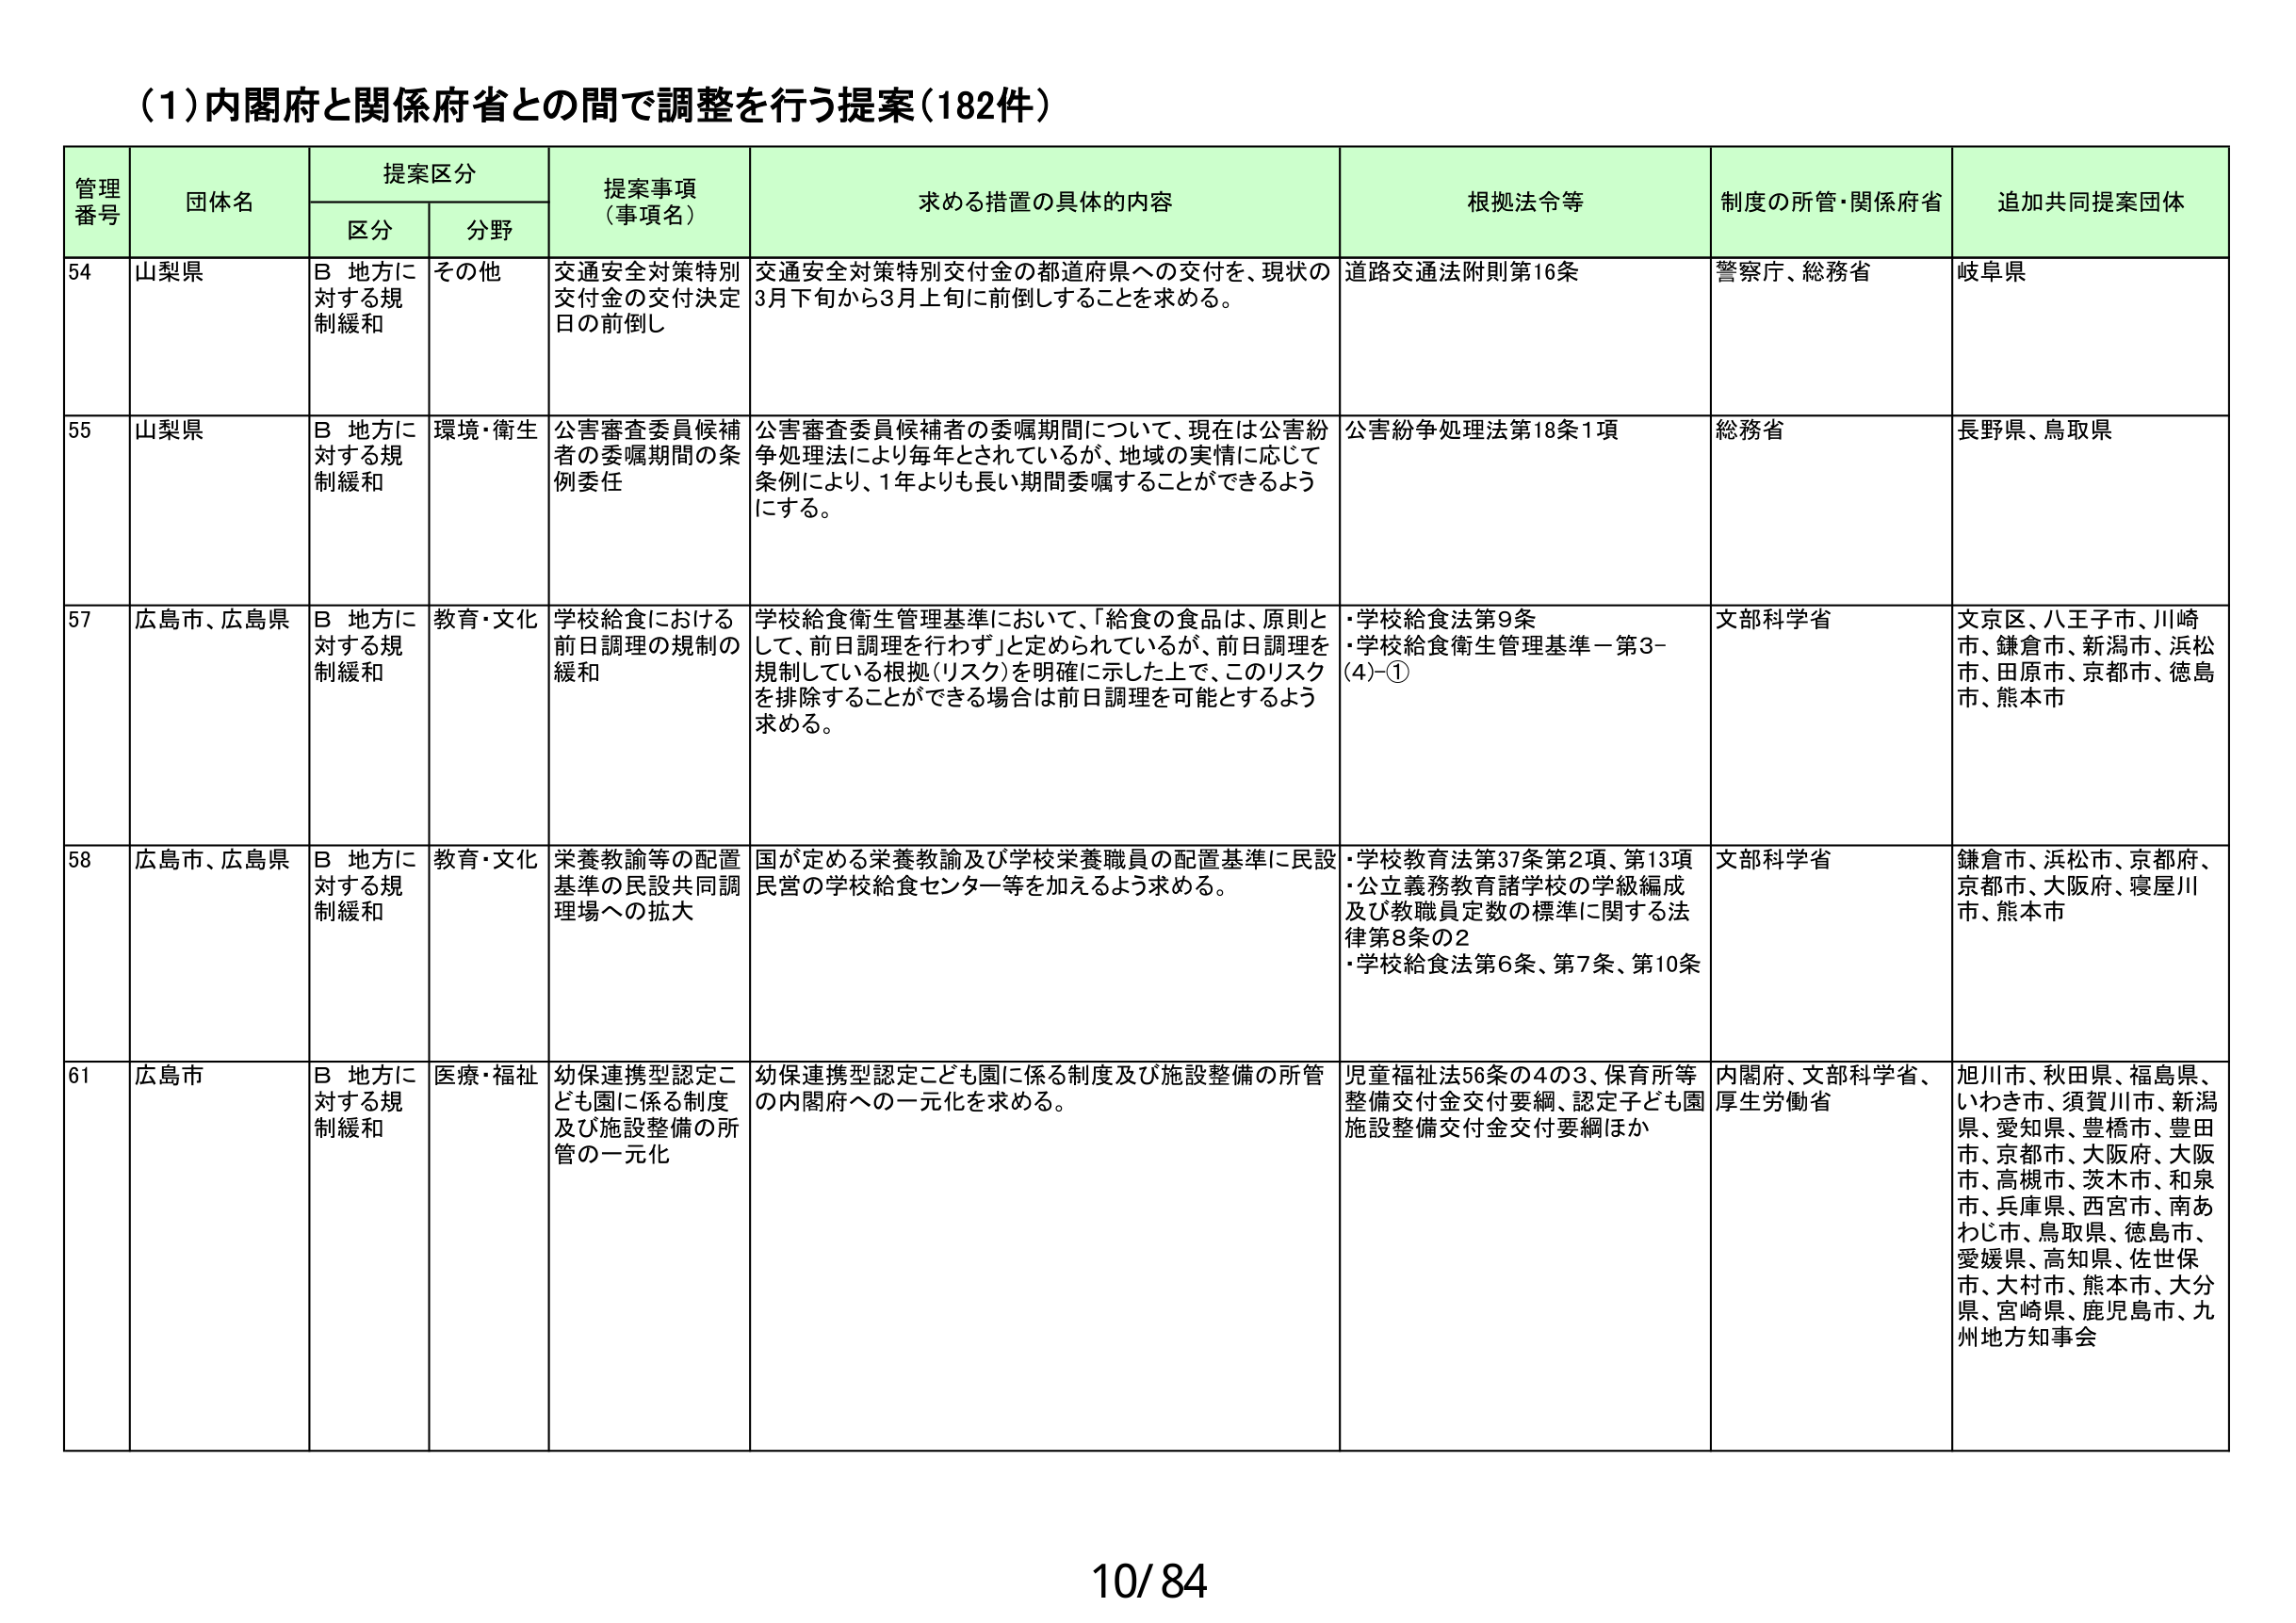
(1)内閣府と関係府省との間で調整を行う提案（182件）

管理番号　団体名　提案区分　提案事項（事項名）　求める措置の具体的内容　根拠法令等　制度の所管・関係府省　追加共同提案団体
　　　　　　区分　分野

54　山梨県　B 地方に対する規制緩和　その他　交通安全対策特別交付金の交付決定日の前倒し　交通安全対策特別交付金の都道府県への交付を、現状の3月下旬から3月上旬に前倒しすることを求める。　道路交通法附則第16条　警察庁、総務省　岐阜県

55　山梨県　B 地方に対する規制緩和　環境・衛生　公害審査委員候補者の委嘱期間の条例委任　公害審査委員候補者の委嘱期間について、現在は公害紛争処理法により毎年とされているが、地域の実情に応じて条例により、1年よりも長い期間委嘱することができるようになる。　公害紛争処理法第18条1項　総務省　長野県、鳥取県

57　広島市、広島県　B 地方に対する規制緩和　教育・文化　学校給食における前日調理の規制の緩和　学校給食衛生管理基準において、「給食の食品は、原則として、前日調理を行わず」と定められているが、前日調理を規制している根拠（リスク）を明確に示した上で、このリスクを排除することができる場合は前日調理を可能とするよう求める。　・学校給食法第9条　・学校給食衛生管理基準－第3-(4)-①　文部科学省　文京区、八王子市、川崎市、鎌倉市、新潟市、浜松市、田原市、京都市、徳島市、熊本市

58　広島市、広島県　B 地方に対する規制緩和　教育・文化　栄養教諭等の配置基準の民設共同調理場への拡大　国が定める栄養教諭及び学校栄養職員の配置基準に民設民営の学校給食センター等を加えるよう求める。　・学校教育法第37条第2項、第13項　・公立義務教育諸学校の学級編成及び教職員定数の標準に関する法律第8条の2　・学校給食法第6条、第7条、第10条　文部科学省　鎌倉市、浜松市、京都府、京都市、大阪府、寝屋川市、熊本市

61　広島市　B 地方に対する規制緩和　医療・福祉　幼保連携型認定こども園に係る制度及び施設整備の所管の一元化　幼保連携型認定こども園に係る制度及び施設整備の所管の内閣府への一元化を求める。　児童福祉法56条の4の3、保育所等整備交付金交付要綱、認定子ども園施設整備交付金交付要綱ほか　内閣府、文部科学省、厚生労働省　旭川市、秋田県、福島県、いわき市、須賀川市、新潟県、愛知県、豊橋市、豊田市、京都市、大阪府、大阪市、高槻市、茨木市、和泉市、兵庫県、西宮市、南あわじ市、鳥取県、徳島市、愛媛県、高知県、佐世保市、大村市、熊本市、大分県、宮崎県、鹿児島市、九州地方知事会

10/84